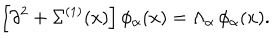
\left[ \partial ^ { 2 } + \Sigma ^ { ( 1 ) } ( x ) \right] \phi _ { \alpha } ( x ) = \Lambda _ { \alpha } \, \phi _ { \alpha } ( x ) .